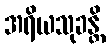
အရိယသုခန္တိ